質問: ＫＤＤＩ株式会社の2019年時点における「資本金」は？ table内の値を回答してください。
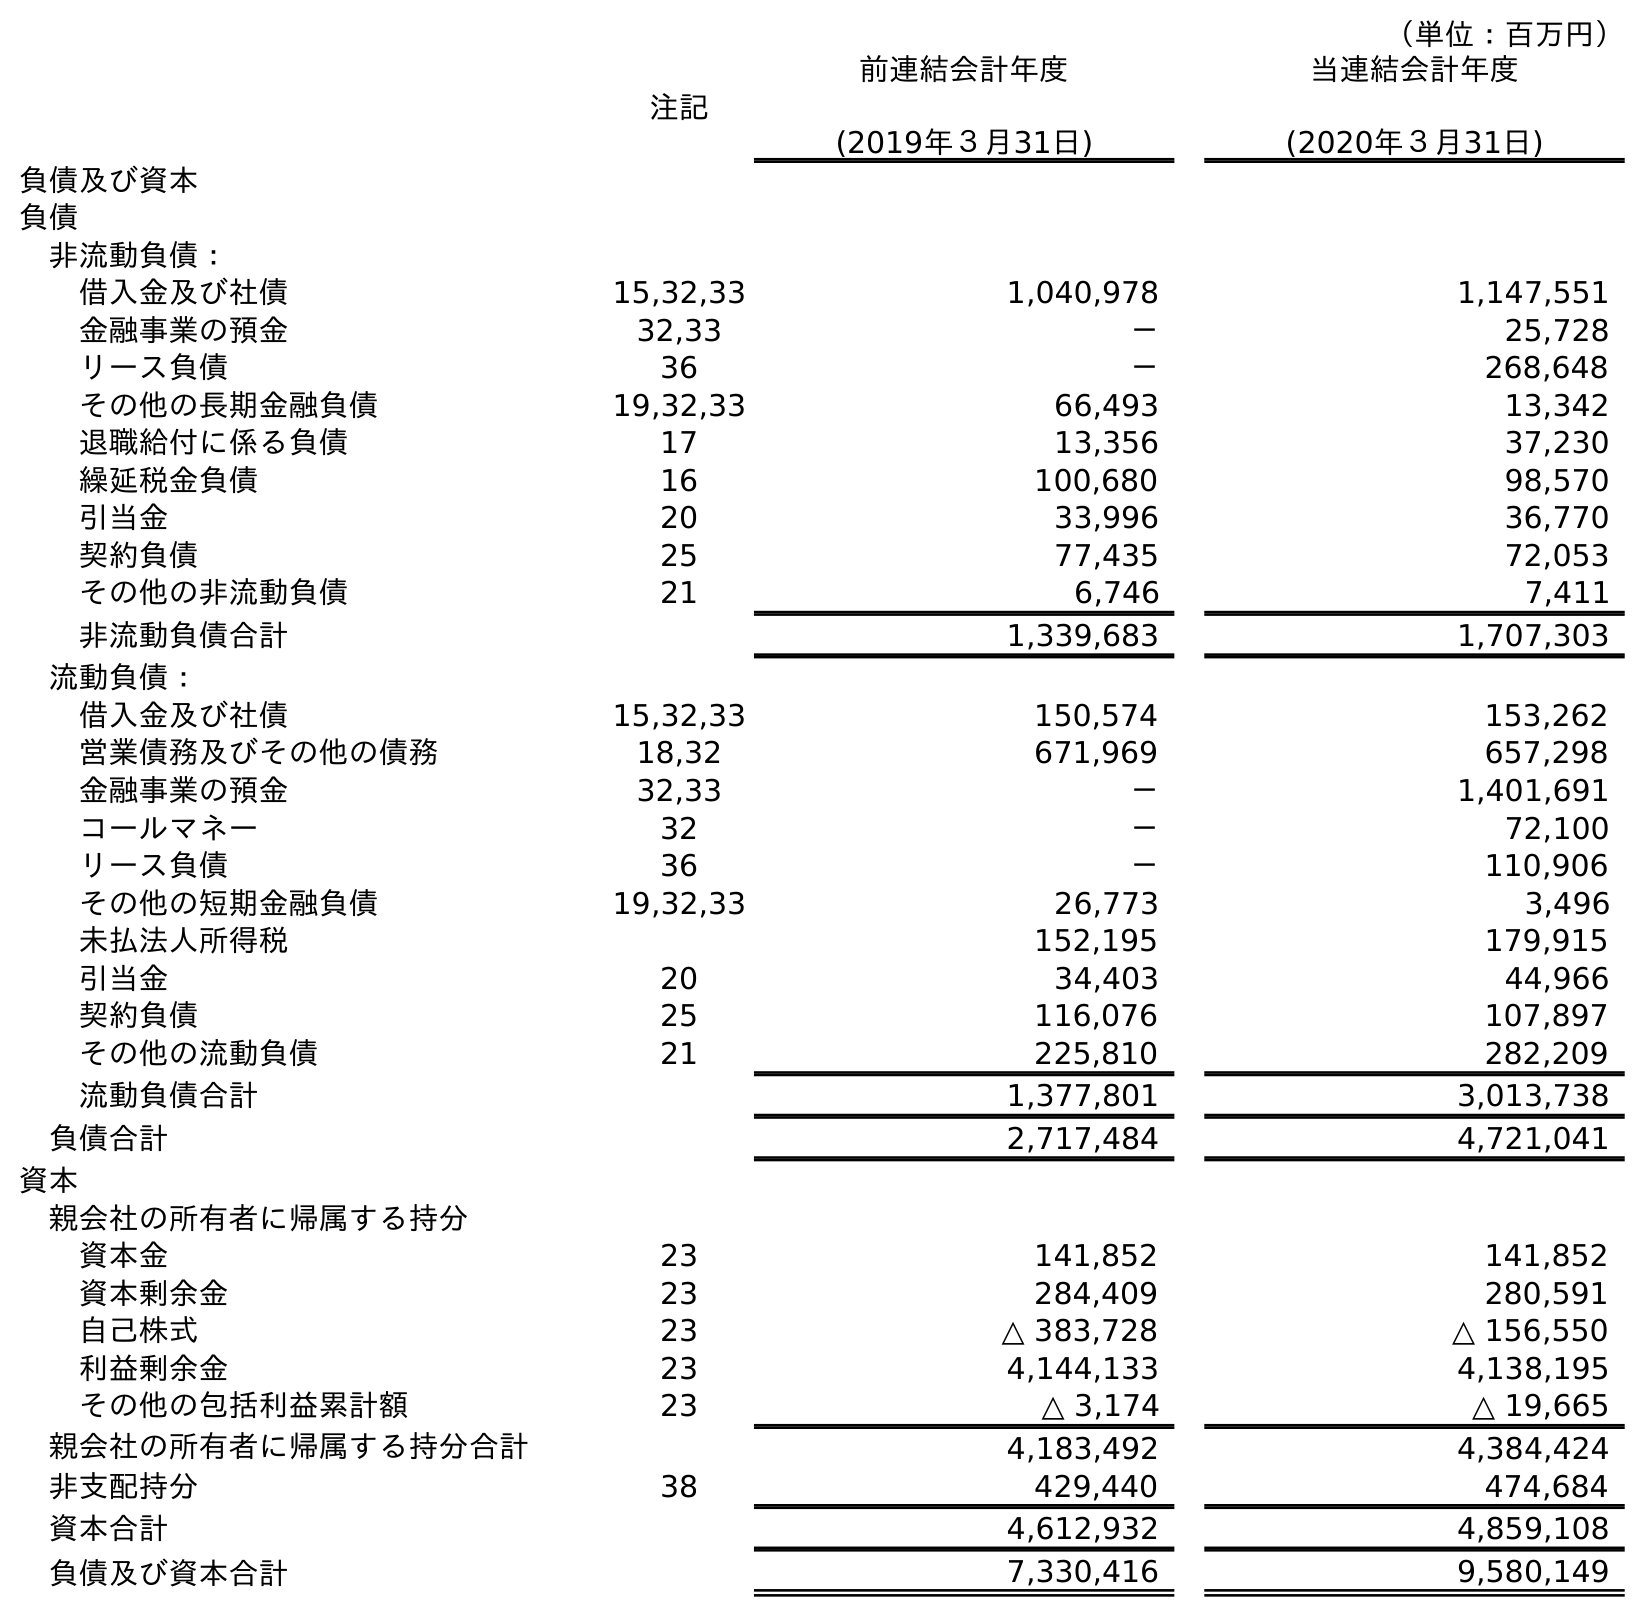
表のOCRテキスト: （単位：百万円） 注記 前連結会計年度 (2019年３月31日) 当連結会計年度 (2020年３月31日) 負債及び資本 負債 非流動負債： 借入金及び社債 15,32,33 1,040,978 1,147,551 金融事業の預金 32,33 － 25,728 リース負債 36 － 268,648 その他の長期金融負債 19,32,33 66,493 13,342 退職給付に係る負債 17 13,356 37,230 繰延税金負債 16 100,680 98,570 引当金 20 33,996 36,770 契約負債 25 77,435 72,053 その他の非流動負債 21 6,746 7,411 非流動負債合計 1,339,683 1,707,303 流動負債： 借入金及び社債 15,32,33 150,574 153,262 営業債務及びその他の債務 18,32 671,969 657,298 金融事業の預金 32,33 － 1,401,691 コールマネー 32 － 72,100 リース負債 36 － 110,906 その他の短期金融負債 19,32,33 26,773 3,496 未払法人所得税 152,195 179,915 引当金 20 34,403 44,966 契約負債 25 116,076 107,897 その他の流動負債 21 225,810 282,209 流動負債合計 1,377,801 3,013,738 負債合計 2,717,484 4,721,041 資本 親会社の所有者に帰属する持分 資本金 23 141,852 141,852 資本剰余金 23 284,409 280,591 自己株式 23 △ 383,728 △ 156,550 利益剰余金 23 4,144,133 4,138,195 その他の包括利益累計額 23 △ 3,174 △ 19,665 親会社の所有者に帰属する持分合計 4,183,492 4,384,424 非支配持分 38 429,440 474,684 資本合計 4,612,932 4,859,108 負債及び資本合計 7,330,416 9,580,149
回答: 141,852